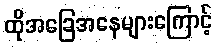
ထိုအခြေအနေများကြောင့်